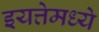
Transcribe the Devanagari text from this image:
इयत्तेमध्ये